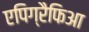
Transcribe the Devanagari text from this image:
एपिग्रैफिआ